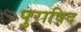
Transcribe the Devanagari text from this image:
पुराविद